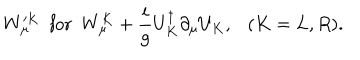
W _ { \mu } ^ { \prime K } ~ ~ \mathrm { f o r } ~ ~ W _ { \mu } ^ { K } + \frac { i } { g } U _ { K } ^ { \dagger } \partial _ { \mu } U _ { K } , ( K = L , R ) .